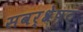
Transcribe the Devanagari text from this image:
सवर्श्रेष्ठ